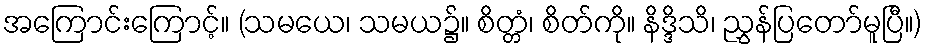
အကြောင်းကြောင့်။ (သမယေ၊ သမယ၌။ စိတ္တံ၊ စိတ်ကို။ နိဒ္ဒိသိ၊ ညွှန်ပြတော်မူပြီ။)